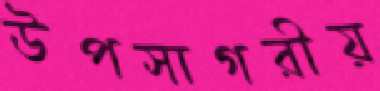
উপসাগরীয়